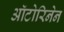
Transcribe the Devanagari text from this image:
ऑटोरिनेन